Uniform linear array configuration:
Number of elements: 24
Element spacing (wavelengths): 0.5
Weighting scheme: kaiser
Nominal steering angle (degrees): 60
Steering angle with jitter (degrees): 58.695
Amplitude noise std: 0.05
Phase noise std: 0.05

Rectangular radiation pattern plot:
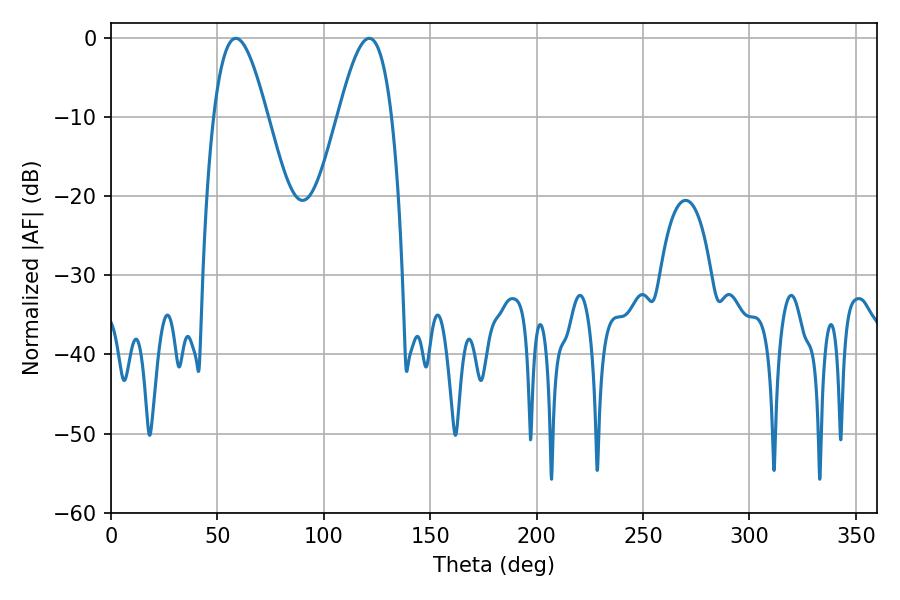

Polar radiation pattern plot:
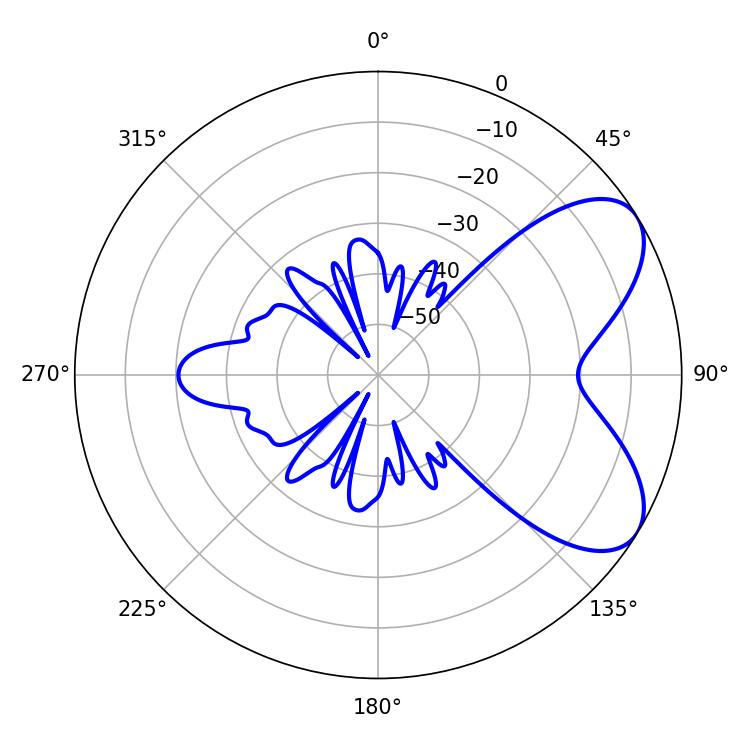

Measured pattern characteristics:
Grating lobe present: FALSE
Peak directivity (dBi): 6.487
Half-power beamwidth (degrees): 13.5
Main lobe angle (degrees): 58.68